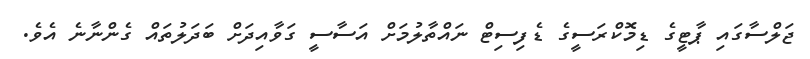
ޖަލްސާގައި ޕާޓީގެ ޑިމޮކްރަސީގެ ޑެފިސިޓް ނައްތާލުމަށް އަސާސީ ގަވާއިދަށް ބަދަލުތައް ގެންނާނެ އެވެ.